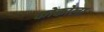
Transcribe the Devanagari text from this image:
कोकोला